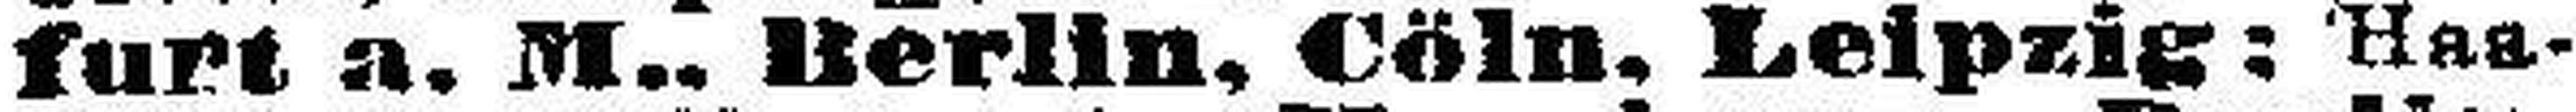
furt a. M., Berlin, Cöln, Leipzig: Haa¬